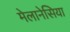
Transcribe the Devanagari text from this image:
मेलानेसिया